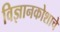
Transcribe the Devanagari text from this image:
विज्ञानकोशाचे